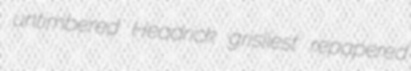
untimbered Headrick grisliest repapered